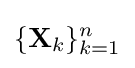
\{\mathbf {X} _{k}\}_{k=1}^{n}